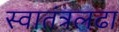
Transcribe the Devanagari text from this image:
स्वातंत्रलढा